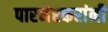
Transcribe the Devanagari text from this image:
पारनेरकरांनी